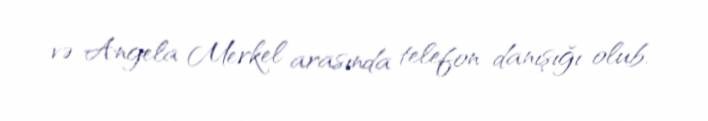
və Angela Merkel arasında telefon danışığı olub.